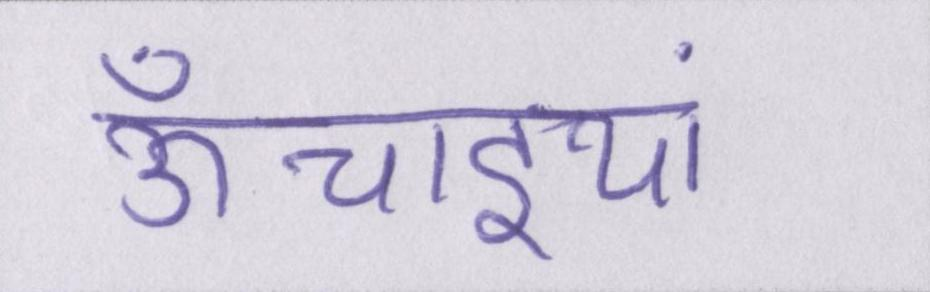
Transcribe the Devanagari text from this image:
ऊँचाइयां